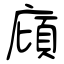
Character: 廎